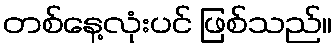
တစ်နေ့လုံးပင် ဖြစ်သည်။